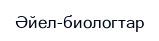
Әйел-биологтар